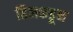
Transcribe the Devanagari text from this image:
हिलकडून